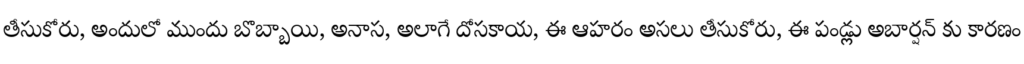
తీసుకోరు, అందులో ముందు బొబ్బాయి, అనాస, అలాగే దోసకాయ, ఈ ఆహరం అసలు తీసుకోరు, ఈ పండ్లు అబార్షన్ కు కారణం